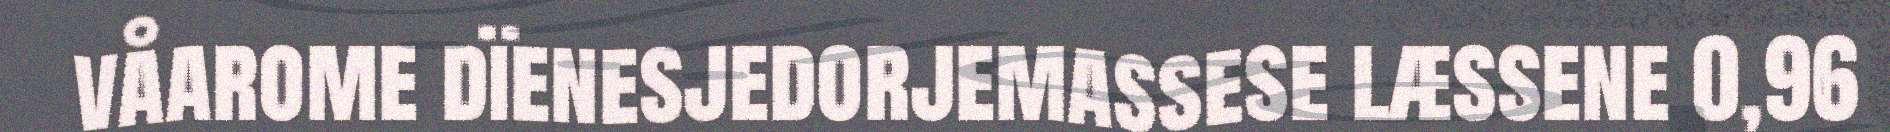
våarome dïenesjedorjemassese læssene 0,96